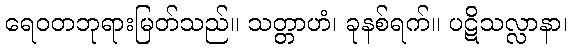
ရေဝတဘုရားမြတ်သည်။ သတ္တာဟံ၊ ခုနစ်ရက်။ ပဋိသလ္လာနာ၊